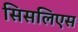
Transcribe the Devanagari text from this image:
सिसलिएस